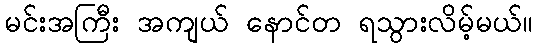
မင်းအကြီး အကျယ် နောင်တ ရသွားလိမ့်မယ်။